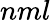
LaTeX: nml